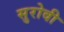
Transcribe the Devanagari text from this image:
सुरोवी